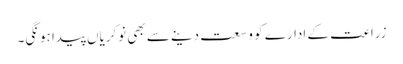
زراعت کے ادارے کو وسعت دینے سے بھی نوکریاں پیدا ہونگی۔